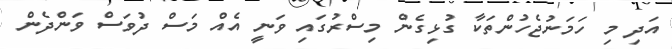
އަދި މި ހަމަނުޖެހުންތަކާ ގުޅިގެން މިސްރުގައި ވަނީ އެއް މަސް ދުވަސް ވަންދެން